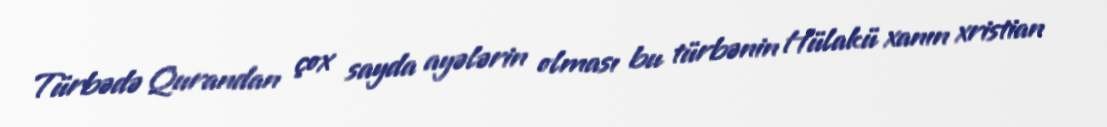
Türbədə Qurandan çox sayda ayələrin olması bu türbənin Hülakü xanın xristian